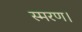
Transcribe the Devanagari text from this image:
स्मरण।